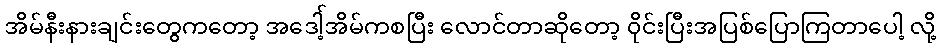
အိမ်နီးနားချင်းတွေကတော့ အဒေါ့်အိမ်ကစပြီး လောင်တာဆိုတော့ ၀ိုင်းပြီးအပြစ်ပြောကြတာပေါ့ လို့